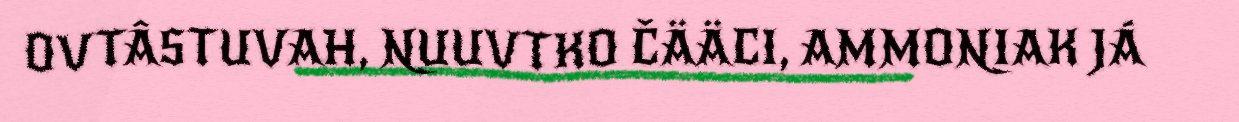
OVTÂSTUVAH, NUUVTKO ČÄÄCI, AMMONIAK JÁ